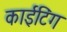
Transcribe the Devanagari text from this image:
काईटिंग